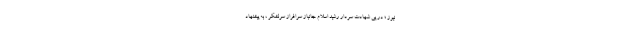
نیوز ؛ در پی شهادت سردار رشید اسلام جانباز سرافراز سرلشکر ، به پیشنهاد